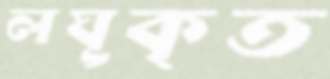
লঘূকৃত